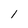
Character: I